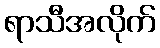
ရာသီအလိုက်